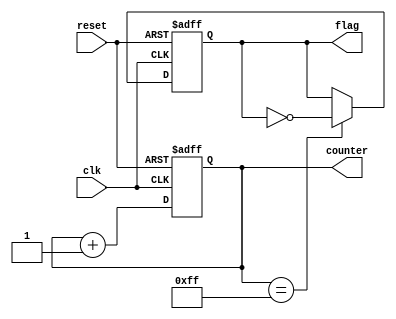
module ClockCycleInitialization (
    input wire clk,          // Clock signal
    input wire reset,        // Reset signal
    output reg [7:0] counter, // Example internal state variable (8-bit counter)
    output reg flag          // Example internal state variable (flag)
);

// Initial values for internal state variables
initial begin
    counter = 8'b0;         // Initialize counter to 0
    flag = 1'b0;            // Initialize flag to 0
end

// Always block for synchronous reset and clock operations
always @(posedge clk or posedge reset) begin
    if (reset) begin
        // Reset condition: initialize internal state variables
        counter <= 8'b0;    // Reset counter to 0
        flag <= 1'b0;       // Reset flag to 0
    end else begin
        // Normal operation: update internal state variables
        counter <= counter + 1; // Increment counter on each clock cycle
        // Additional operations can be added here
        // Example: flag toggling based on counter value
        if (counter == 8'd255) begin
            flag <= ~flag; // Toggle flag when counter reaches 255
        end
    end
end

endmodule